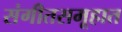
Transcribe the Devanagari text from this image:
संगीतसमूहात